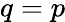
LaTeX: q=p